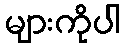
များကိုပါ